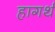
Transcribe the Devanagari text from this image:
हागर्थ